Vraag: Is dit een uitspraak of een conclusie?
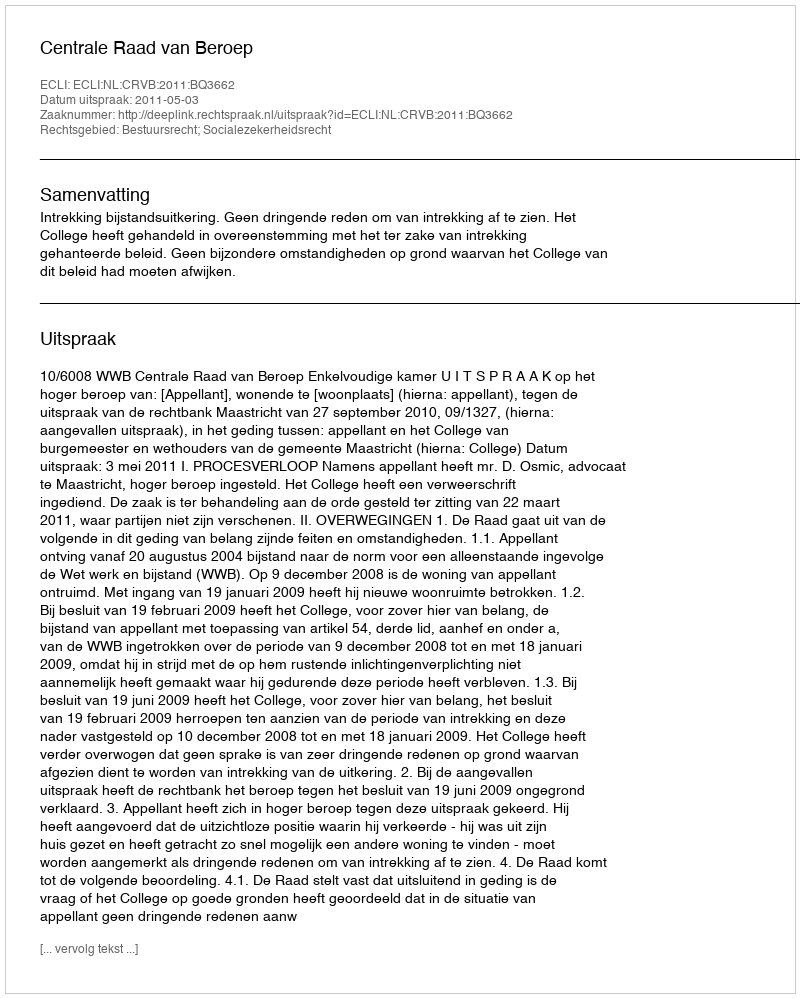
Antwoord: Uitspraak